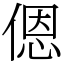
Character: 𫣆